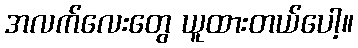
အလက်လေးတွေ ယူထားတယ်ပေါ့။